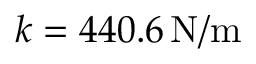
k = 4 4 0 . 6 \, \mathrm { N } / \mathrm { m }